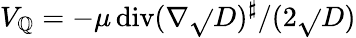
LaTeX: {V_{\mathbb{Q}}=-\mu\operatorname{div}(\nabla\sqrt{}{{D}})^{\sharp}/(2\sqrt{}{{D}})}